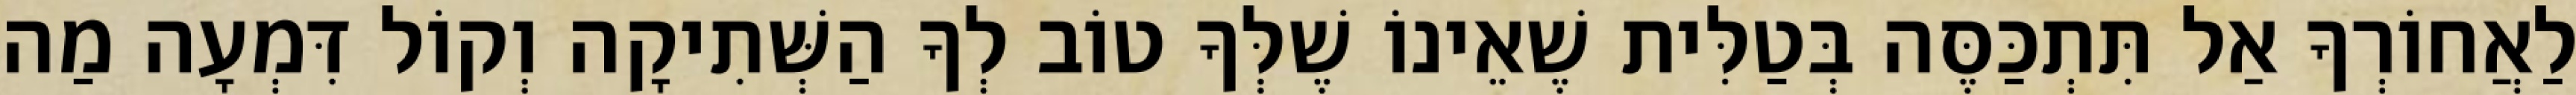
לַאֲחוֹרְךָ אַל תִּתְכַּסֶּה בְּטַלִּית שֶׁאֵינוֹ שֶׁלְּךָ טוֹב לְךָ הַשְּׁתִיקָה וְקוֹל דִּמְעָה מַה